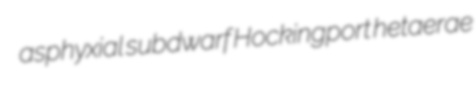
asphyxial subdwarf Hockingport hetaerae